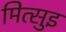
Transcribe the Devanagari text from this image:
मित्सुइ